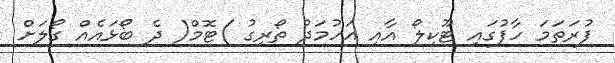
ފުރަތަމަ ހާފުގައި ޓޫކިލޯ އާއި އަހުމަދު ތޯރިގު )ޓޮމް( ދެ ބޯޅައެއް ގޯލަށް